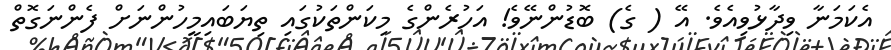
އެކަމަނާ ވިދާޅުވިއެވެ. އޭ ( ގެ) ބޮޑުންނޭވެ! އަހުރެންގެ މިކަންތަކުގައި ތިޔަބައިމީހުންނަށް ފެންނަގޮތް